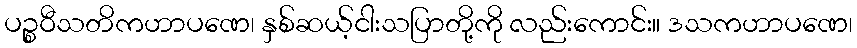
ပဉ္စဝီသတိကဟာပဏေ၊ နှစ်ဆယ့်ငါးသပြာတို့ကို လည်းကောင်း။ ဒသကဟာပဏေ၊